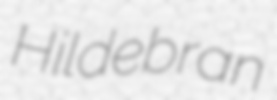
Hildebran